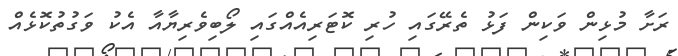
ރަށާ މުޅިން ވަކިން ފަޅު ތެރޭގައި ހުރި ކޮޓަރިއެއްގައި ލޯބިވެރިޔާއާ އެކު ވަގުތުކޮޅެއް